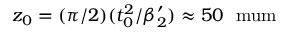
z _ { 0 } = ( \pi / 2 ) ( t _ { 0 } ^ { 2 } / { \beta _ { 2 } ^ { \prime } } ) \approx 5 0 ~ \mathrm { \ m u m }